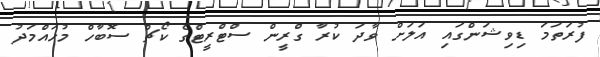
ފުރަތަމަ ޑިވިޝަންގައި އަލަށް ވާދަ ކުރާ ގްރީން ސްޓްރީޓްގެ ކޯޗް ސޮބާހް މުހައްމަދު